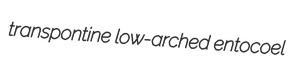
transpontine low-arched entocoel